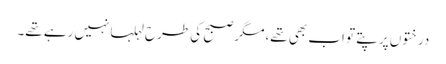
درختوں پر پتے تو اب بھی تھے،مگر صبح کی طرح لہلہانہیں رہے تھے۔